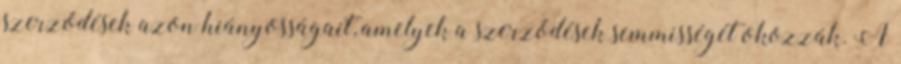
szerződések azon hiányosságait, amelyek a szerződések semmisségét okozzák. A